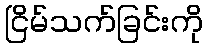
ငြိမ်သက်ခြင်းကို